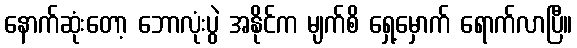
နောက်ဆုံးတော့ ဘောလုံးပွဲ အနိုင်က မျက်စိ ရှေ့မှောက် ရောက်လာပြီ။